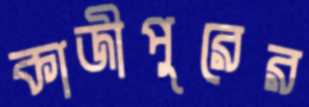
কাজীপুরের